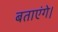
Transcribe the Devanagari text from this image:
बताएंगे।